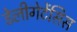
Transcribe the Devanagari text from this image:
डेलीगेटेंसिस